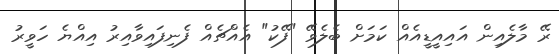
ރޭ މާލެއިން އައިއީޑީއެއް ކަމަށް ބެލެވޭ "ފޭކު" އެއްޗެއް ފެނިފައިވާއިރު އިއްޔެ ހަވީރު